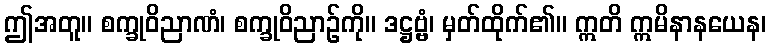
ဤအတူ။ စက္ခုဝိညာဏံ၊ စက္ခုဝိညာဉ်ကို။ ဒဋ္ဌဗ္ဗံ၊ မှတ်ထိုက်၏။ ဣတိ ဣမိနာနယေန၊